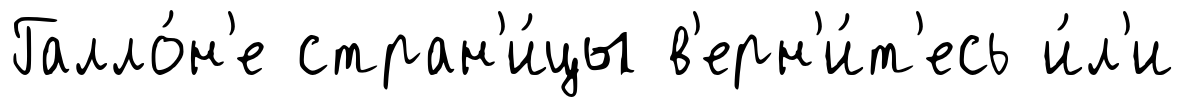
Галло́н'е стран'и́цы в'ерн'и́т'есь и́л'и